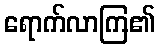
ရောက်လာကြ၏